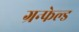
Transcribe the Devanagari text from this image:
ग्रन्फेल्ड